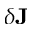
\delta \mathbf { J }